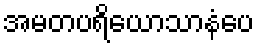
အမတပရိယောသာနံပေ